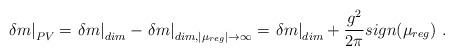
LaTeX: \begin{align*}\left.\delta m\right\vert_{PV} = \left.\delta m\right\vert_{dim} -\left.\delta m\right\vert_{dim,\mid \mu_{reg}\mid\to\infty} =\left.\delta m\right\vert_{dim} + \frac{g^2}{2\pi}sign(\mu_{reg})\ . \end{align*}